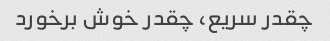
چقدر سریع، چقدر خوش برخورد